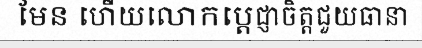
មែន ហើយលោកប្តេជ្ញាចិត្តជួយធានា